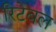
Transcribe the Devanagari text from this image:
रिटेबल